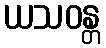
ယသဝန္တ